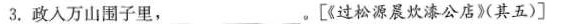
3.政入万山围子里，___。[《过松源晨炊漆公店》(其五)]